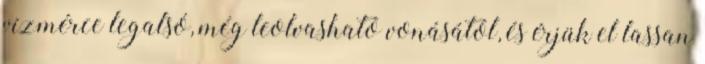
vízmérce legalsó, még leolvasható vonásától, és érjük el lassan